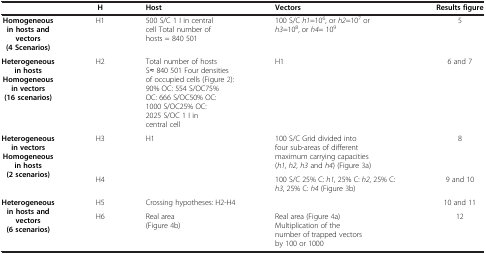
|  | H | Host | Vectors | Results figure |
 | --- | --- | --- | --- | --- |
 | Homogeneous in hosts and vectors (4 Scenarios) | H1 | 500 S/C 1 I in central cell Total number of hosts = 840 501 | 100 S/C h1=106, or h2=107 or h3=108, or h4= 109 | 5 |
 | Heterogeneous in hosts Homogeneous in vectors (16 scenarios) | H2 | Total number of hosts S≈ 840 501 Four densities of occupied cells (Figure 2): 90% OC: 554 S/OC75% OC: 666 S/OC50% OC: 1000 S/OC25% OC: 2025 S/OC 1 I in central cell | H1 | 6 and 7 |
 | <ROWSPAN=2> Heterogeneous in vectors Homogeneous in hosts (2 scenarios) | H3 | <ROWSPAN=2> H1 | 100 S/C Grid divided into four sub-areas of different maximum carrying capacities (h1, h2, h3 and h4) (Figure 3a) | 8 |
 | H4 | 100 S/C 25% C: h1, 25% C: h2, 25% C: h3, 25% C: h4 (Figure 3b) | 9 and 10 |
 | <ROWSPAN=2> Heterogeneous in hosts and vectors (6 scenarios) | H5 | <COLSPAN=2> Crossing hypotheses: H2-H4 | 10 and 11 |
 | H6 | Real area (Figure 4b) | Real area (Figure 4a) Multiplication of the number of trapped vectors by 100 or 1000 | 12 |